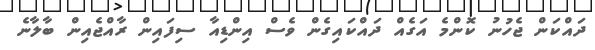
ދައްކަން ޖެހުނު ކޮންމެ އަގެއް ދައްކައިގެން ވެސް އިންޑިއާ ސިފައިން ރާއްޖެއިން ބާލާނެ